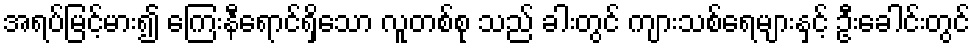
အရပ်မြင့်မား၍ ကြေးနီရောင်ရှိသော လူတစ်စု သည် ခါးတွင် ကျားသစ်ရေများနှင့် ဦးခေါင်းတွင်